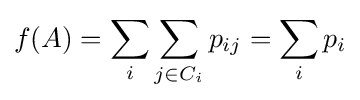
f(A)=\sum _{i}\sum _{j\in C_{i}}p_{ij}=\sum _{i}p_{i}